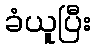
ခံယူပြီး